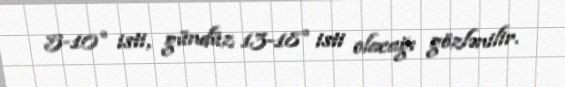
5-10° isti, gündüz 13-18° isti olacağı gözlənilir.